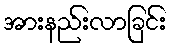
အားနည်းလာခြင်း